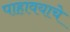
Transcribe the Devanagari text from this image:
पाहावयाचे